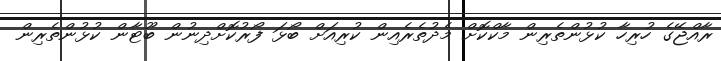
ރާއްޖޭގެ ހުރިހާ ކުޅުންތެރިން މާކްކޮށް މެދުތެރެއިން ކުރިއަށް ބޯޅަ ފޯރުކޮށްދިނުން ބޫޓާން ކުޅުންތެރިން